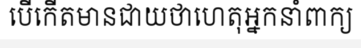
បើកើតមានជាយថាហេតុអ្នកនាំពាក្យ